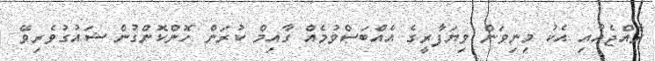
ރާއްޖެއާއި އެކު މިނިވަން ވިޔަފާރީގެ އެއްބަސްވުމެއް ގާއިމް ކުރަން ހޮންކޮންގުން ޝައުގުވެރިވޭ